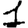
Digit: 1